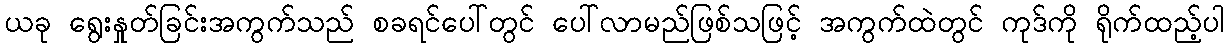
ယခု ရွေးနှုတ်ခြင်းအကွက်သည် စခရင်ပေါ်တွင် ပေါ်လာမည်ဖြစ်သဖြင့် အကွက်ထဲတွင် ကုဒ်ကို ရိုက်ထည့်ပါ